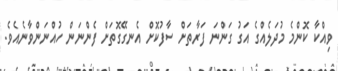
ވިއްކާ ކޮންމެ މުދަލެއްގެ އަގު ގަންނަ ފަރާތަށް ސާފުކޮށް އެނގޭގޮތަށް ފެންނަން ހުއްނަންވާނެއެވެ.